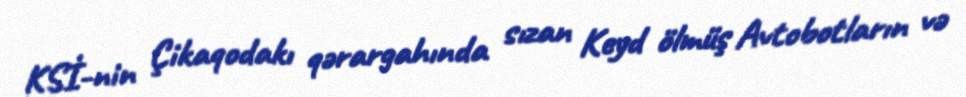
KSİ-nin Çikaqodakı qərargahında sızan Keyd ölmüş Avtobotların və